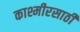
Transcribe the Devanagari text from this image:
काश्मीरसाठी